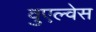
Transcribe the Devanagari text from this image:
वुएल्वेस